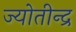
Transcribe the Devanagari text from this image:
ज्योतीन्द्र